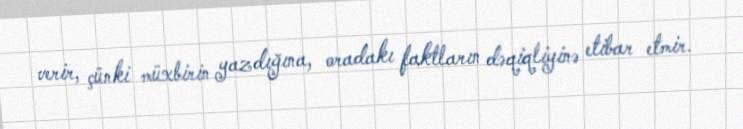
verir, çünki müxbirin yazdığına, oradakı faktların dəqiqliyinə etibar etmir.